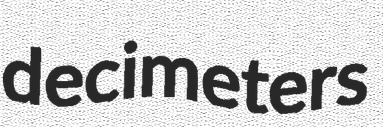
decimeters